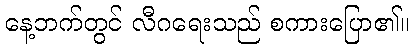
နေ့ဘက်တွင် လီဂရေးသည် စကားပြော၏။